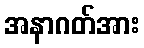
အနာဂတ်အား